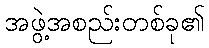
အဖွဲ့အစည်းတစ်ခု၏